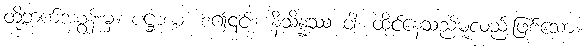
ထိုဘက်အစွန်းမှ။ ပဋ္ဌာယ၊ စ၍၎င်း။ နိသိန္နဿ ဝါ၊ ထိုင်နေသည်မူလည်းဖြစ်သော။